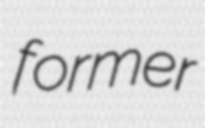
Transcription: former